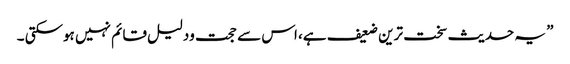
” یہ حدیث سخت ترین ضعیف ہے، اس سے حجت ودلیل قائم نہیں ہوسکتی ۔